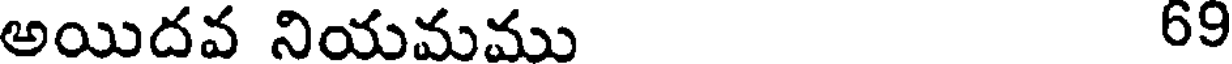
అయిదవ నియమము 69